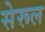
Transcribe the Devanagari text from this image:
सेरूल